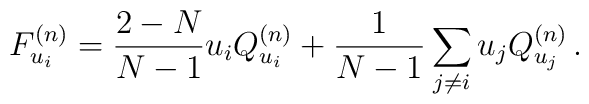
F_{u_i}^{(n)} = \frac{2-N}{N-1} u_i Q_{u_i}^{(n)} +\frac{1}{N-1} \sum_{j \neq i}u_j Q_{u_j}^{(n)}\,.